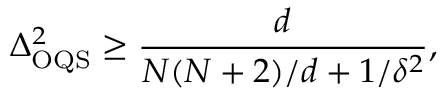
\Delta _ { \mathrm { O Q S } } ^ { 2 } \geq \frac { d } { N ( N + 2 ) / d + 1 / \delta ^ { 2 } } ,